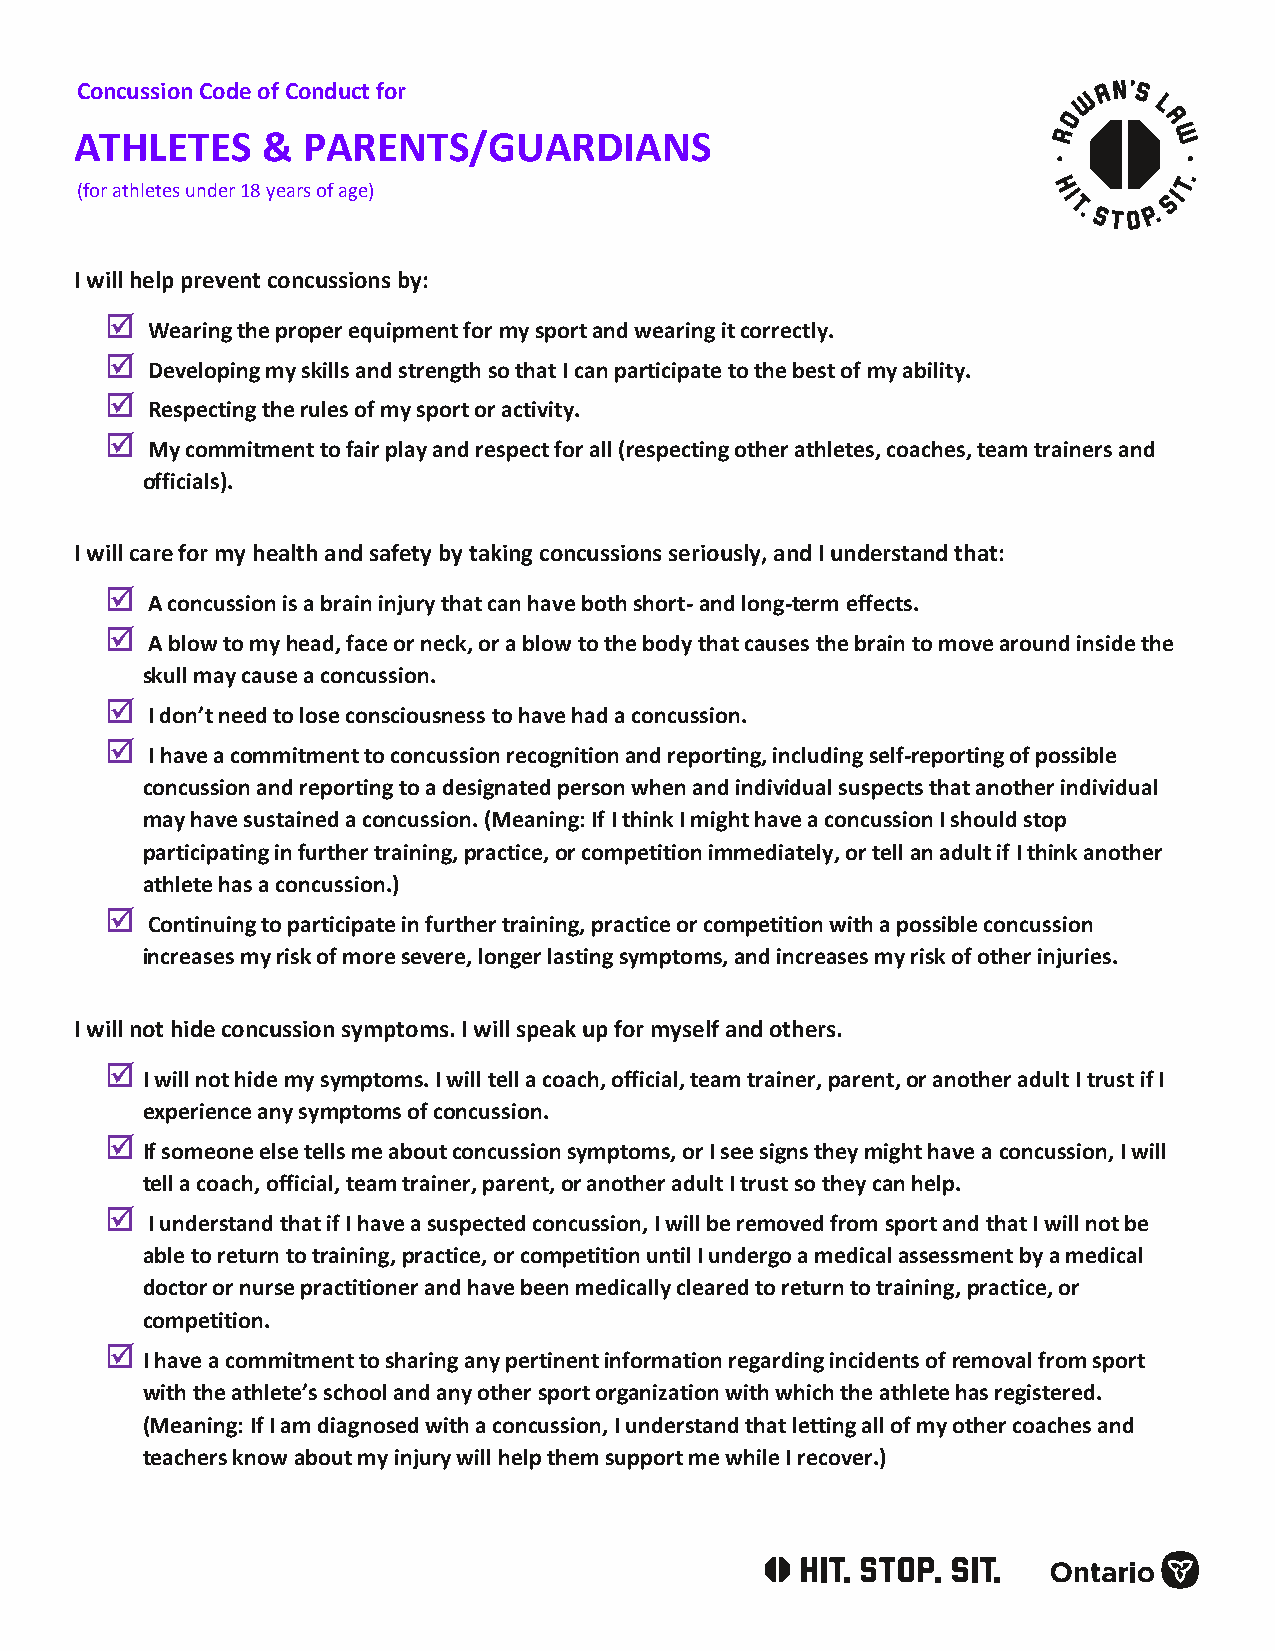
Concussion Code of Conduct for
 ATHLETES    &  PARENTS/GUARDIANS
 (for athletes under 18 years of age)
 I will help prevent concussions by:
 
 Wearing the proper equipment for my sport and wearing it correctly.
 
 Developing my skills and strength so that I can participate to the best of my ability.
 
 Respecting the rules of my sport or activity.
 
 My commitment to fair play and respect for all (respecting other athletes, coaches, team trainers and
 officials).
 I will care for my health and safety by taking concussions seriously, and I understand that:
 
 A concussion is a brain injury that can have both short- and long-term effects.
 
 A blow to my head, face or neck, or a blow to the body that causes the brain to move around inside the
 skull may cause a concussion.
 
 I don’t need to lose consciousness to have had a concussion.
 
 I have a commitment to concussion recognition and reporting, including self-reporting of possible
 concussion and reporting to a designated person when and individual suspects that another individual
 may have sustained a concussion. (Meaning: If I think I might have a concussion I should stop
 participating in further training, practice, or competition immediately, or tell an adult if I think another
 athlete has a concussion.)
 
 Continuing to participate in further training, practice or competition with a possible concussion
 increases my risk of more severe, longer lasting symptoms, and increases my risk of other injuries.
 I will not hide concussion symptoms. I will speak up for myself and others.
 
 I will not hide my symptoms. I will tell a coach, official, team trainer, parent, or another adult I trust if I
 experience any symptoms of concussion.
 
 If someone else tells me about concussion symptoms, or I see signs they might have a concussion, I will
 tell a coach, official, team trainer, parent, or another adult I trust so they can help.
 
 I understand that if I have a suspected concussion, I will be removed from sport and that I will not be
 able to return to training, practice, or competition until I undergo a medical assessment by a medical
 doctor or nurse practitioner and have been medically cleared to return to training, practice, or
 competition.
 
 I have a commitment to sharing any pertinent information regarding incidents of removal from sport
 with the athlete’s school and any other sport organization with which the athlete has registered.
 (Meaning: If I am diagnosed with a concussion, I understand that letting all of my other coaches and
 teachers know about my injury will help them support me while I recover.)